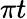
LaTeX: \pi t